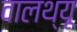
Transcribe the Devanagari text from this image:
वालथ्यू